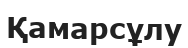
Қамарсұлу